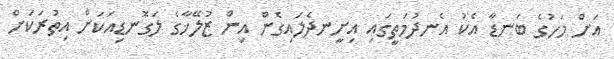
އަށް މަހުގެ ބަނޑާ އެކު އެނދުމަތީގައި އިށީނދެލައިގެން އިން ޒުލޭޚާގެ ލަގޮނޑިއަކަށް އިތުރަކަށް